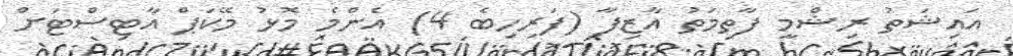
އައިޝަތު ރިޝްމީ ފާތިމަތު އާޒިފާ (ފަރިހިބެ 4) އެންމެ މޮޅު މޭކަަޕް އާޓިސްޓަށް